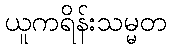
ယူကရိန်းသမ္မတ